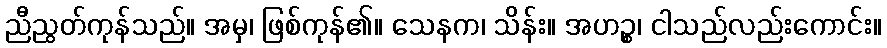
ညီညွတ်ကုန်သည်။ အမှ၊ ဖြစ်ကုန်၏။ သေနက၊ သိန်း။ အဟဉ္စ၊ ငါသည်လည်းကောင်း။